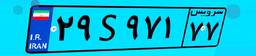
۷۰S۳۰۱۸۵